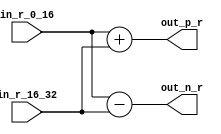

`timescale 1ns/1fs
module but_32(
    input   wire    signed  [7:0]    in_r_0_16,
    input   wire    signed  [7:0]    in_r_16_32,
    

    output  wire    signed  [8:0]    out_p_r,
    output  wire    signed  [8:0]    out_n_r

	);





    assign  out_p_r   =   (in_r_0_16) + (in_r_16_32)   ;
    assign  out_n_r   =   (in_r_0_16) - (in_r_16_32)   ;



endmodule